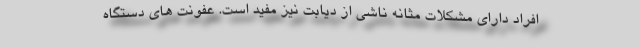
افراد دارای مشکلات مثانه ناشی از دیابت نیز مفید است. عفونت های دستگاه